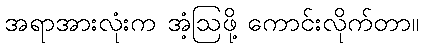
အရာအားလုံးက အံ့ဩဖို့ ကောင်းလိုက်တာ။